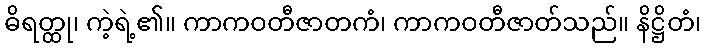
ဓိရတ္ထု၊ ကဲ့ရဲ့၏။ ကာကဝတီဇာတကံ၊ ကာကဝတီဇာတ်သည်။ နိဋ္ဌိတံ၊